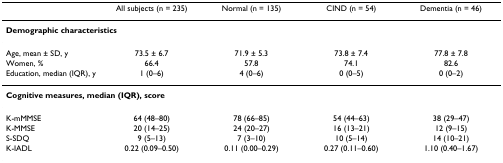
|  | All subjects (n = 235) | Normal (n = 135) | CIND (n = 54) | Dementia (n = 46) |
 | --- | --- | --- | --- | --- |
 | <COLSPAN=5> Demographic characteristics |
 | Age, mean ± SD, y | 73.5 ± 6.7 | 71.9 ± 5.3 | 73.8 ± 7.4 | 77.8 ± 7.8 |
 | Women, % | 66.4 | 57.8 | 74.1 | 82.6 |
 | Education, median (IQR), y | 1 (0–6) | 4 (0–6) | 0 (0–5) | 0 (0–2) |
 | <COLSPAN=5> Cognitive measures, median (IQR), score |
 | K-mMMSE | 64 (48–80) | 78 (66–85) | 54 (44–63) | 38 (29–47) |
 | K-MMSE | 20 (14–25) | 24 (20–27) | 16 (13–21) | 12 (9–15) |
 | S-SDQ | 9 (5–13) | 7 (3–10) | 10 (5–14) | 14 (10–21) |
 | K-IADL | 0.22 (0.09–0.50) | 0.11 (0.00–0.29) | 0.27 (0.11–0.60) | 1.10 (0.40–1.67) |